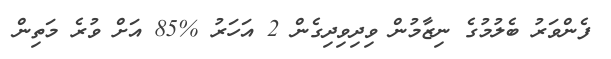
ފެންވަރު ބެލުމުގެ ނިޒާމުން ވިދިވިދިގެން 2 އަހަރު %85 އަށް ވުރެ މަތިން